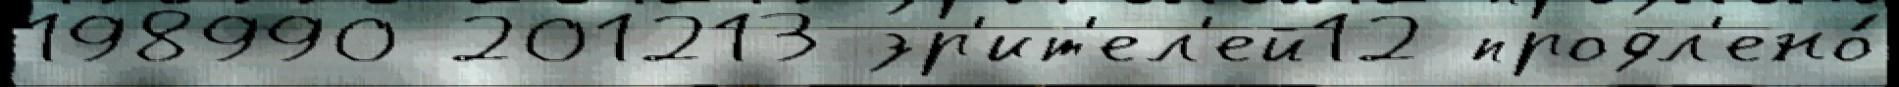
198990 201213 зр'ит'ел'ей12 продл'ено́